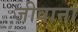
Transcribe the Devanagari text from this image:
जीवानां